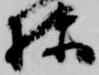
棟